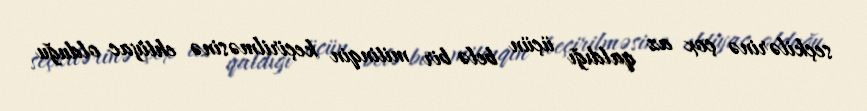
seçkilərinə çox az qaldığı üçün belə bir mitinqin keçirilməsinə ehtiyac olduğu